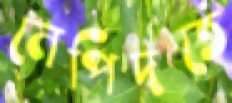
নেপিদতে